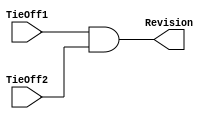
// --=================================================================--
// This confidential and proprietary software may be used only as
// authorised by a licensing agreement from ARM Limited
//   (C) COPYRIGHT 2007-2008 ARM Limited
//       ALL RIGHTS RESERVED
// The entire notice above must be reproduced on all authorised
// copies and copies may only be made to the extent permitted
// by a licensing agreement from ARM Limited.
//
// ---------------------------------------------------------------------
// Version and Release Control Information:
//
// File Revision          : 20352
//
//  Release Information : Cortex-M0 DesignStart-r2p0-00rel0
//
// ---------------------------------------------------------------------
// Purpose :
//           Revision Designator Module
//
// --=================================================================--

// ---------------------------------------------------------------------

module SspRevAnd (
// Inputs
                 TieOff1,
                 TieOff2,
// Outputs
                 Revision
                 );

// Inputs
input        TieOff1;  // AND gate input 1
input        TieOff2;  // AND gate input 2
// Outputs
output       Revision; // AND gate output

// ---------------------------------------------------------------------
//
//                              SspRevAnd
//                              =========
//
// ---------------------------------------------------------------------
//
// Overview
// ========
//   This module contains a single AND gate to be used as a
// place-holder cell to mark the Revision of the Ssp.
// The 2 input pins will be tied-off at the top level of the
// hierarchy. These "TieOffs" can be identified during layout
// and re-wired to "VDD" or "VSS" if needed.
//
// ---------------------------------------------------------------------


// ---------------------------------------------------------------------
// Register declarations
// ---------------------------------------------------------------------


// ---------------------------------------------------------------------
//
// Main body of code
// =================
//
// ---------------------------------------------------------------------



assign Revision = TieOff1 & TieOff2;

endmodule

// --============================== End ==============================--